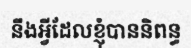
នឹងអ្វីដែលខ្ញុំបាននិពន្ធ